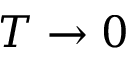
T \rightarrow 0